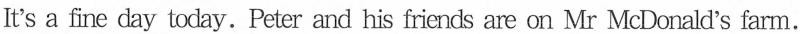
It's a fine day today. Peter and his friends are on Mr McDonald's farm.